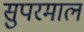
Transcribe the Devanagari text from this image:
सुपरमाल